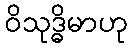
ဝိသုဒ္ဓိမာဟု